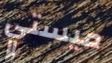
ميستي